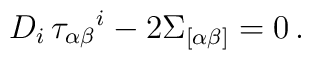
D_i\,\tau_{\alpha\beta}{}^i -2 \Sigma_{[\alpha\beta]}=0\,.